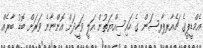
އެމްޑީޕީގެ ޗެއާރޕާރސަން ގެ ހައިސިއްޔަތުން އަލީ ވަހީދަށް އޮންނާނެ ވަރަށް ބޮޑު ބާރެއް